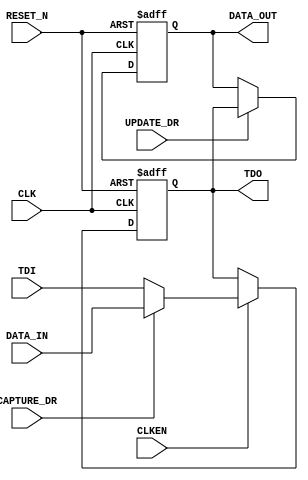
// =============================================================================
//                           COPYRIGHT NOTICE
// Copyright 2006 (c) Lattice Semiconductor Corporation
// ALL RIGHTS RESERVED
// This confidential and proprietary software may be used only as authorised by
// a licensing agreement from Lattice Semiconductor Corporation.
// The entire notice above must be reproduced on all authorized copies and
// copies may only be made to the extent permitted by a licensing agreement from
// Lattice Semiconductor Corporation.
//
// Lattice Semiconductor Corporation        TEL : 1-800-Lattice (USA and Canada)
// 5555 NE Moore Court                            408-826-6000 (other locations)
// Hillsboro, OR 97124                     web  : http://www.latticesemi.com/
// U.S.A                                   email: techsupport@latticesemi.com
// =============================================================================/
//                         FILE DETAILS
// Project          : LatticeMico32
// Description:
//    This is one of the two types of cells that are used to create ER1/ER2
//    register bits.
// Dependencies     : None
// Version          : 6.1.17
//   The SHIFT_DR_CAPTURE_DR and ENABLE_ER1/2 signals of the
//   dedicate logic JTAG_PORT didn't act as what their names implied.
//   The SHIFT_DR_CAPTURE_DR actually acts as SHIFT_DR.
//   The ENABLE_ER1/2 actually acts as SHIFT_DR_CAPTURE_DR.
//   These had caused a lot of headaches for a long time and now they are
//   fixed by:
//   (1) Use SHIFT_DR_CAPTURE_DR and ENABLE_ER1/2 to create
//       CAPTURE_DR for all typeA, typeB bits in the ER1, ER2 registers.
//   (2) Use ENABLE_ER1 or the enESR, enCSR, enBAR (these 3 signals
//       have the same waveform of ENABLE_ER2) directly to be the CLKEN
//       of all typeA, typeB bits in the ER1, ER2 registers.
//   (3) Modify typea.vhd to use only UPDATE_DR signal for the clock enable
//       of the holding flip-flop.
//   These changes caused ispTracy.vhd and cge.dat changes and the new
//   CGE.exe version will be 1.3.5.
// Version          : 7.0SP2, 3.0
//                  : No Change
// Version          : 3.1
//                  : No Change
// =============================================================================
module TYPEA(
      input CLK,
      input RESET_N,
      input CLKEN,
      input TDI,
      output TDO,
      output reg DATA_OUT,
      input DATA_IN,
      input CAPTURE_DR,
      input UPDATE_DR
   );
  
  reg tdoInt;


  always @ (negedge CLK or negedge RESET_N)
  begin
      if (RESET_N == 1'b0)
         tdoInt <= 1'b0;
      else if (CLK == 1'b0)
         if (CLKEN == 1'b1)
            if (CAPTURE_DR == 1'b0)
               tdoInt <= TDI;
            else
               tdoInt <= DATA_IN;
  end

   assign TDO = tdoInt;

  always @ (negedge CLK or negedge RESET_N)
   begin
      if (RESET_N == 1'b0)
         DATA_OUT <= 1'b0;
      else if (CLK == 1'b0)
         if (UPDATE_DR == 1'b1)
            DATA_OUT <= tdoInt;
   end
endmodule